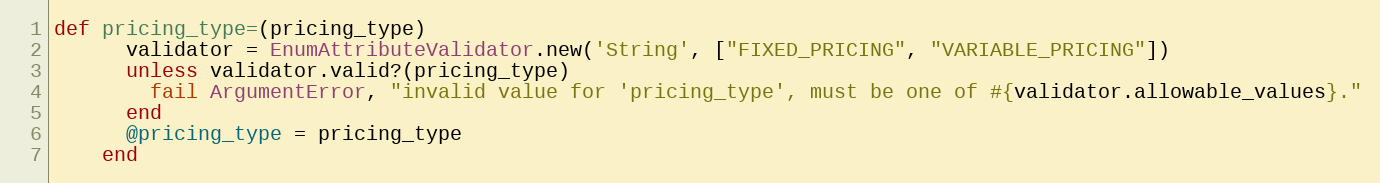
Language: Ruby
def pricing_type=(pricing_type)
      validator = EnumAttributeValidator.new('String', ["FIXED_PRICING", "VARIABLE_PRICING"])
      unless validator.valid?(pricing_type)
        fail ArgumentError, "invalid value for 'pricing_type', must be one of #{validator.allowable_values}."
      end
      @pricing_type = pricing_type
    end